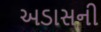
અડાસની